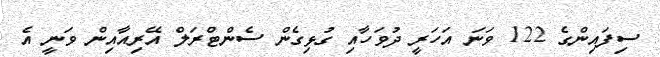
ސިފައިންގެ 122 ވަނަ އަހަރީ ދުވަހާއި ގުޅިގެން ސެންޓްރަލް އޭރިއާއިން ވަނީ އެ